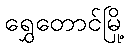
ရွှေတောင်မြို့